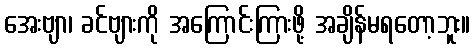
အေးဗျာ၊ ခင်ဗျားကို အကြောင်းကြားဖို့ အချိန်မရတော့ဘူး။